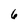
Character: 6